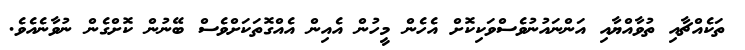
ތަކެއްޗާއި ތުވާއްޔާއި އަންނައުނުވެސްވަކިކޮށް އެހެން މީހުން އެއިން އެއްގޮތަކަށްވެސް ބޭނުން ކޮށްގެން ނުވާނެއެވެ.